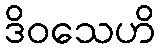
ဒိဝသေဟိ